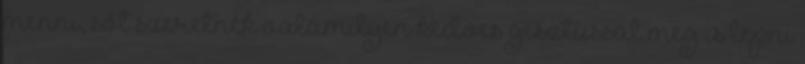
menni, sőt szeretnék valamilyen kedves gesztussal meg is lepni